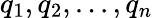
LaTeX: q_{1},q_{2},...,q_{n}